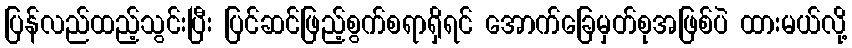
ပြန်လည်ထည့်သွင်းပြီး ပြင်ဆင်ဖြည့်စွက်စရာရှိရင် အောက်ခြေမှတ်စုအဖြစ်ပဲ ထားမယ်လို့